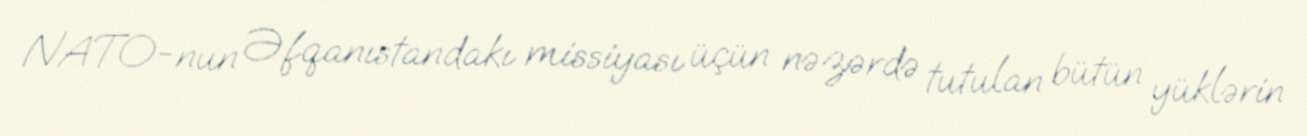
NATO-nun Əfqanıstandakı missiyası üçün nəzərdə tutulan bütün yüklərin